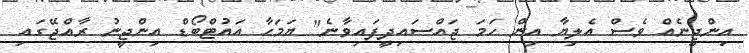
އިންޖީނެއް ވެސް އެލިޔާ އިން ހަމަ ޖައްސައިދީފައިވާނެ" ޔަމަހާ އައުޓްބޯޑް އިންޖީނު ރާއްޖޭގައި